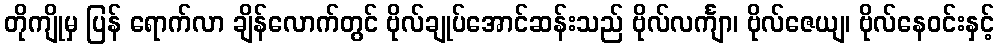
တိုကျိုမှ ပြန် ရောက်လာ ချိန်လောက်တွင် ဗိုလ်ချုပ်အောင်ဆန်းသည် ဗိုလ်လင်္ကျာ၊ ဗိုလ်ဇေယျ၊ ဗိုလ်နေဝင်းနှင့်